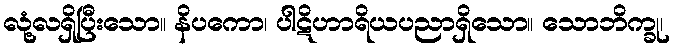
လုံ့လရှိပြီးသော။ နိပကော၊ ပါဋိဟာရိယပညာရှိသော။ သောဘိက္ခု၊